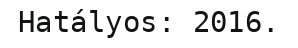
Hatályos: 2016.